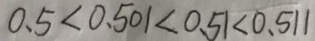
0 . 5 < 0 . 5 0 1 < 0 . 5 1 < 0 . 5 1 1